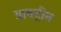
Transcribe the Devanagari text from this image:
डाक्ट्रीन